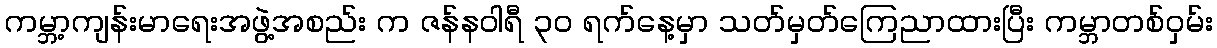
ကမ္ဘာ့ကျန်းမာရေးအဖွဲ့အစည်း က ဇန်နဝါရီ ၃၀ ရက်နေ့မှာ သတ်မှတ်ကြေညာထားပြီး ကမ္ဘာတစ်ဝှမ်း